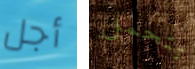
أجل تتحمل